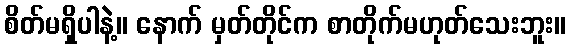
စိတ်မရှိပါနဲ့။ နောက် မှတ်တိုင်က စာတိုက်မဟုတ်သေးဘူး။